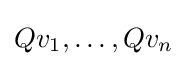
Qv_{1},\dots ,Qv_{n}